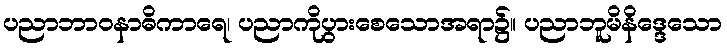
ပညာဘာဝနာဓိကာရေ၊ ပညာကိုပွားစေသောအရာ၌။ ပညာဘူမိနိဒ္ဒေသော